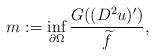
LaTeX: \begin{align*}m := \inf_{\partial \Omega} \frac{G ((D^2 u)')}{\widetilde{f}},\end{align*}